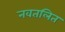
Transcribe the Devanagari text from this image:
नवतलित